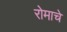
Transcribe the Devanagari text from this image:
रोमाचे